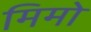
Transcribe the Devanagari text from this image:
मिमो